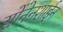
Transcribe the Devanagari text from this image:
सोंनेनशाईन